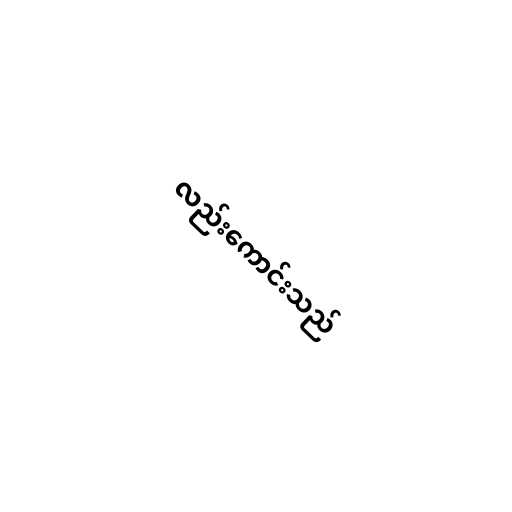
လည်းကောင်းသည်